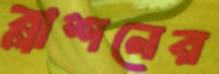
ব্লাশনের